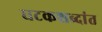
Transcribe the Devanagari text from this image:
घटकशब्दांत